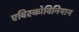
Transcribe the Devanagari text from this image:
एविस्कोविनियान